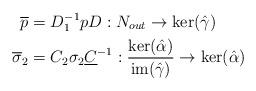
LaTeX: \begin{align*}\overline{p}&=D_{1}^{-1}pD: N_{out} \rightarrow \operatorname{ker}(\hat{\gamma}) \\\overline{\sigma}_{2}&=C_{2}\sigma_{2}\underline{C}^{-1}: \frac{\operatorname{ker}(\hat{\alpha})}{\operatorname{im}(\hat{\gamma})} \rightarrow \operatorname{ker}(\hat{\alpha})\end{align*}